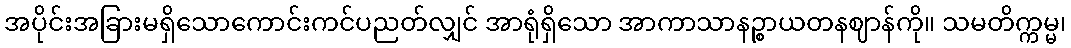
အပိုင်းအခြားမရှိသောကောင်းကင်ပညတ်လျှင် အာရုံရှိသော အာကာသာနဉ္စာယတနဈာန်ကို။ သမတိက္ကမ္မ၊